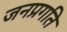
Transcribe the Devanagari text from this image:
जनप्रगति